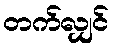
တက်လျှင်